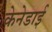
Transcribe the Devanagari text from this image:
केनेडाई